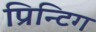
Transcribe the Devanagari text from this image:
प्रिन्टिग